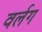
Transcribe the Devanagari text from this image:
वर्लग